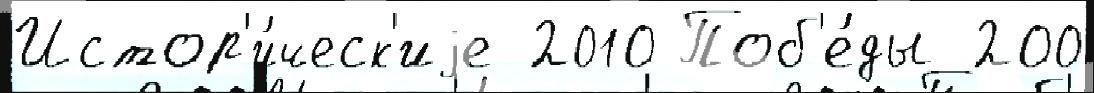
Истор'и́ческ'иjе 2010 Поб'е́ды 200